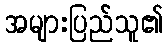
အများပြည်သူ၏